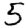
Digit: 5